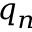
q _ { n }